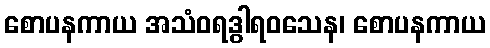
စောပနကာယ အသံဝရဒွါရဝသေန၊ စောပနကာယ